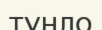
тунло